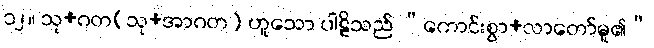
၁၂။ သု+ဂတ(သု+အာဂတ) ဟူသော ပါဠိသည် “ကောင်းစွာ+လာတော်မူ၏”